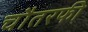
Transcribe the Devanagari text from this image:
चौतरफी